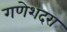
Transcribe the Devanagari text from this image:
गणेशदरा